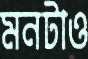
মনটাও